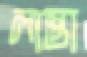
লাস্তা